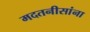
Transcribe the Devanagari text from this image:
मदतनीसांना